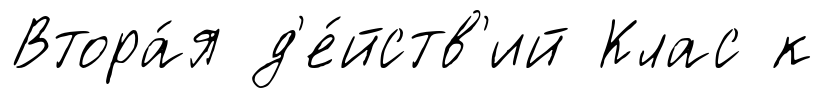
Втора́я д'е́йств'ий Клас к